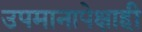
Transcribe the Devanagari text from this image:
उपमानापेक्षाही